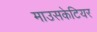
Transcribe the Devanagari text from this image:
माउसकेटियर